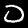
Digit: 0